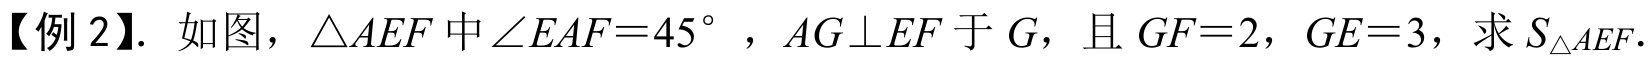
【例 2】. 如图，\(\triangle AEF\) 中\(\angle EAF = 45^{\circ}\)，\(AG\bot EF\) 于 \(G\)，且 \(GF = 2\)，\(GE = 3\)，求 \(S_{\triangle AEF}\).